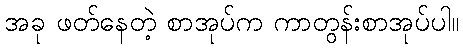
အခု ဖတ်နေတဲ့ စာအုပ်က ကာတွန်းစာအုပ်ပါ။